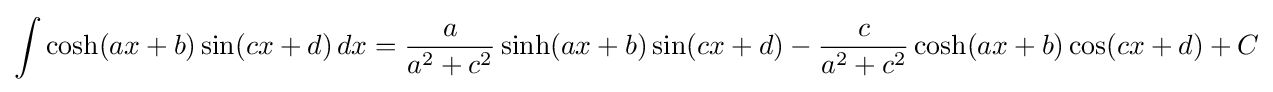
\int \cosh(ax+b)\sin(cx+d)\,dx={\frac {a}{a^{2}+c^{2}}}\sinh(ax+b)\sin(cx+d)-{\frac {c}{a^{2}+c^{2}}}\cosh(ax+b)\cos(cx+d)+C